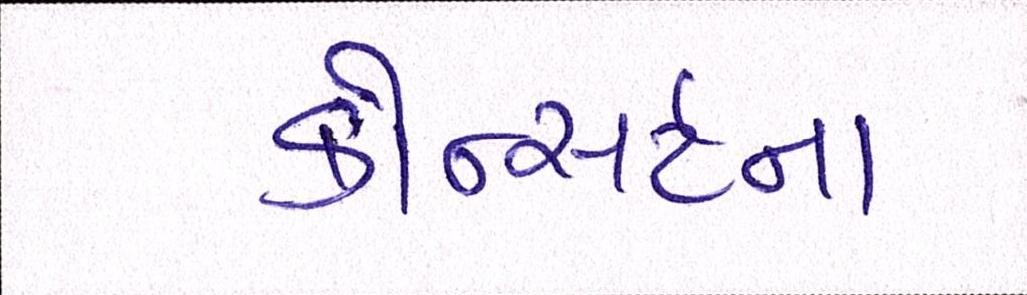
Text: કોન્સર્ટના